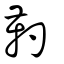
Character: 靮